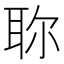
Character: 𦕗